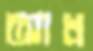
আখ